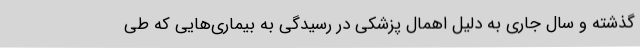
گذشته و سال جاری به دلیل اهمال پزشکی در رسیدگی به بیماری‌هایی که طی